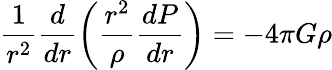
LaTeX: \frac{1}{r^{2}}\frac{d}{dr}\left(\frac{r^{2}}{\rho}\frac{dP}{dr}\right)=-4\pi G\rho